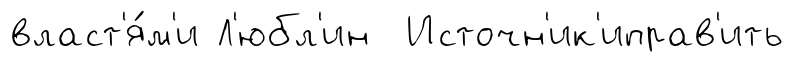
власт'я́м'и Л'юбл'ин Источн'ик'иправ'ить